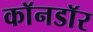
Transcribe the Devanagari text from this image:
काॅनडाॅर